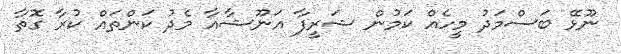
ނޫޅޭ ބަސްމަދު މީހެއް ކަމުން ޝަރީފާ އަނޫޝާއާ މެދު ކަންތައް ކުރާ ގޮތާ